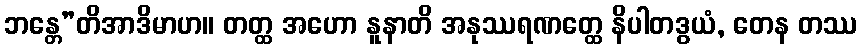
ဘန္တေ”တိအာဒိမာဟ။ တတ္ထ အဟော နူနာတိ အနုဿရဏတ္ထေ နိပါတဒွယံ, တေန တဿ